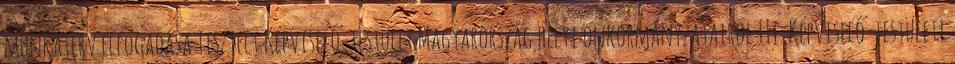
munkaterv elfogadása Tisztelt Képviselő-testület Magyarország helyi önkormányzatairól III. Képviselő-testületi